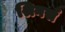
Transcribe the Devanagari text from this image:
श्रिनर्स